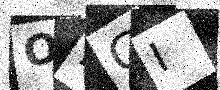
Text: ONGI